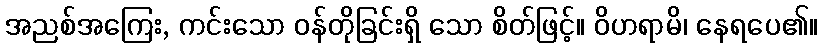
အညစ်အကြေး, ကင်းသော ဝန်တိုခြင်းရှိ သော စိတ်ဖြင့်။ ဝိဟရာမိ၊ နေရပေ၏။